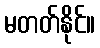
မတတ်နိုင်။